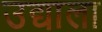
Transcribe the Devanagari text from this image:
उद्याला